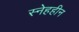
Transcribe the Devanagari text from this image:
स्नेहहीन